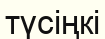
түсіңкі